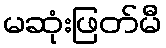
မဆုံးဖြတ်မီ